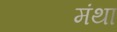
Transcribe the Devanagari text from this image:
मंथा